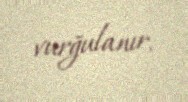
vurğulanır.